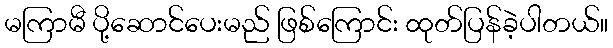
မကြာမီ ပို့ဆောင်ပေးမည် ဖြစ်ကြောင်း ထုတ်ပြန်ခဲ့ပါတယ်။